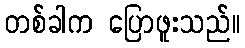
တစ်ခါက ပြောဖူးသည်။